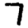
Digit: 7